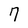
Character: 7